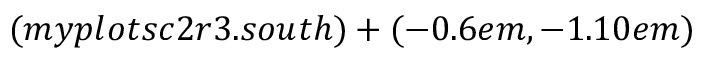
( m y p l o t s c 2 r 3 . s o u t h ) + ( - 0 . 6 e m , - 1 . 1 0 e m )